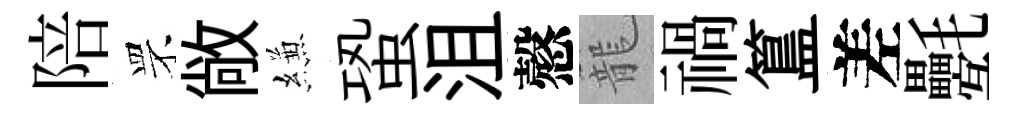
陪罘敞縑蛩沮慤籠禍簋差氎